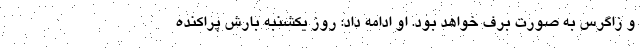
و زاگرس به صورت برف خواهد بود. او ادامه داد: روز یکشنبه بارش پراکنده